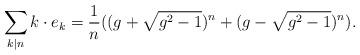
LaTeX: \begin{align*}\sum _{k|n}k\cdot e_k =\frac{1}{n}((g+\sqrt{g^2 -1})^n +(g-\sqrt{g^2 -1})^n ).\end{align*}